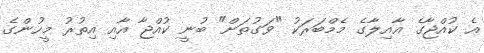
އެ ކުއްޖާގެ އާއިލާގެ މެމްބަރަކު "ވަގުތަށް" ބުނީ ކުއްޖާ އާއި އިތުރު މީހުންގެ